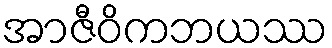
အာဇီဝိကဘယဿ